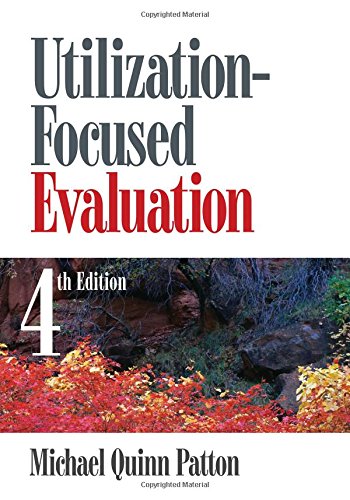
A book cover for Utilization-Focused Evaluation; Michael Quinn Patton; Politics & Social Sciences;